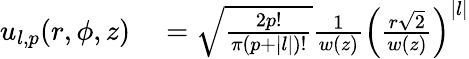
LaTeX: \begin{array}{rl}{u_{l,p}(r,\phi,z)}&{{}=\sqrt{\frac{2p!}{\pi(p+|l|)!}}\frac{1}{w(z)}\left(\frac{r\sqrt{2}}{w(z)}\right)^{|l|}}\end{array}